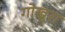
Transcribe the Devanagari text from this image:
गोखुरा